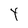
Character: Y